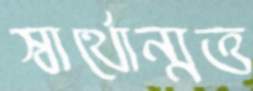
স্বার্থোন্মত্ত